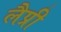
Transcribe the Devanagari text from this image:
लैप्री